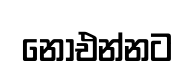
නොඑන්නට